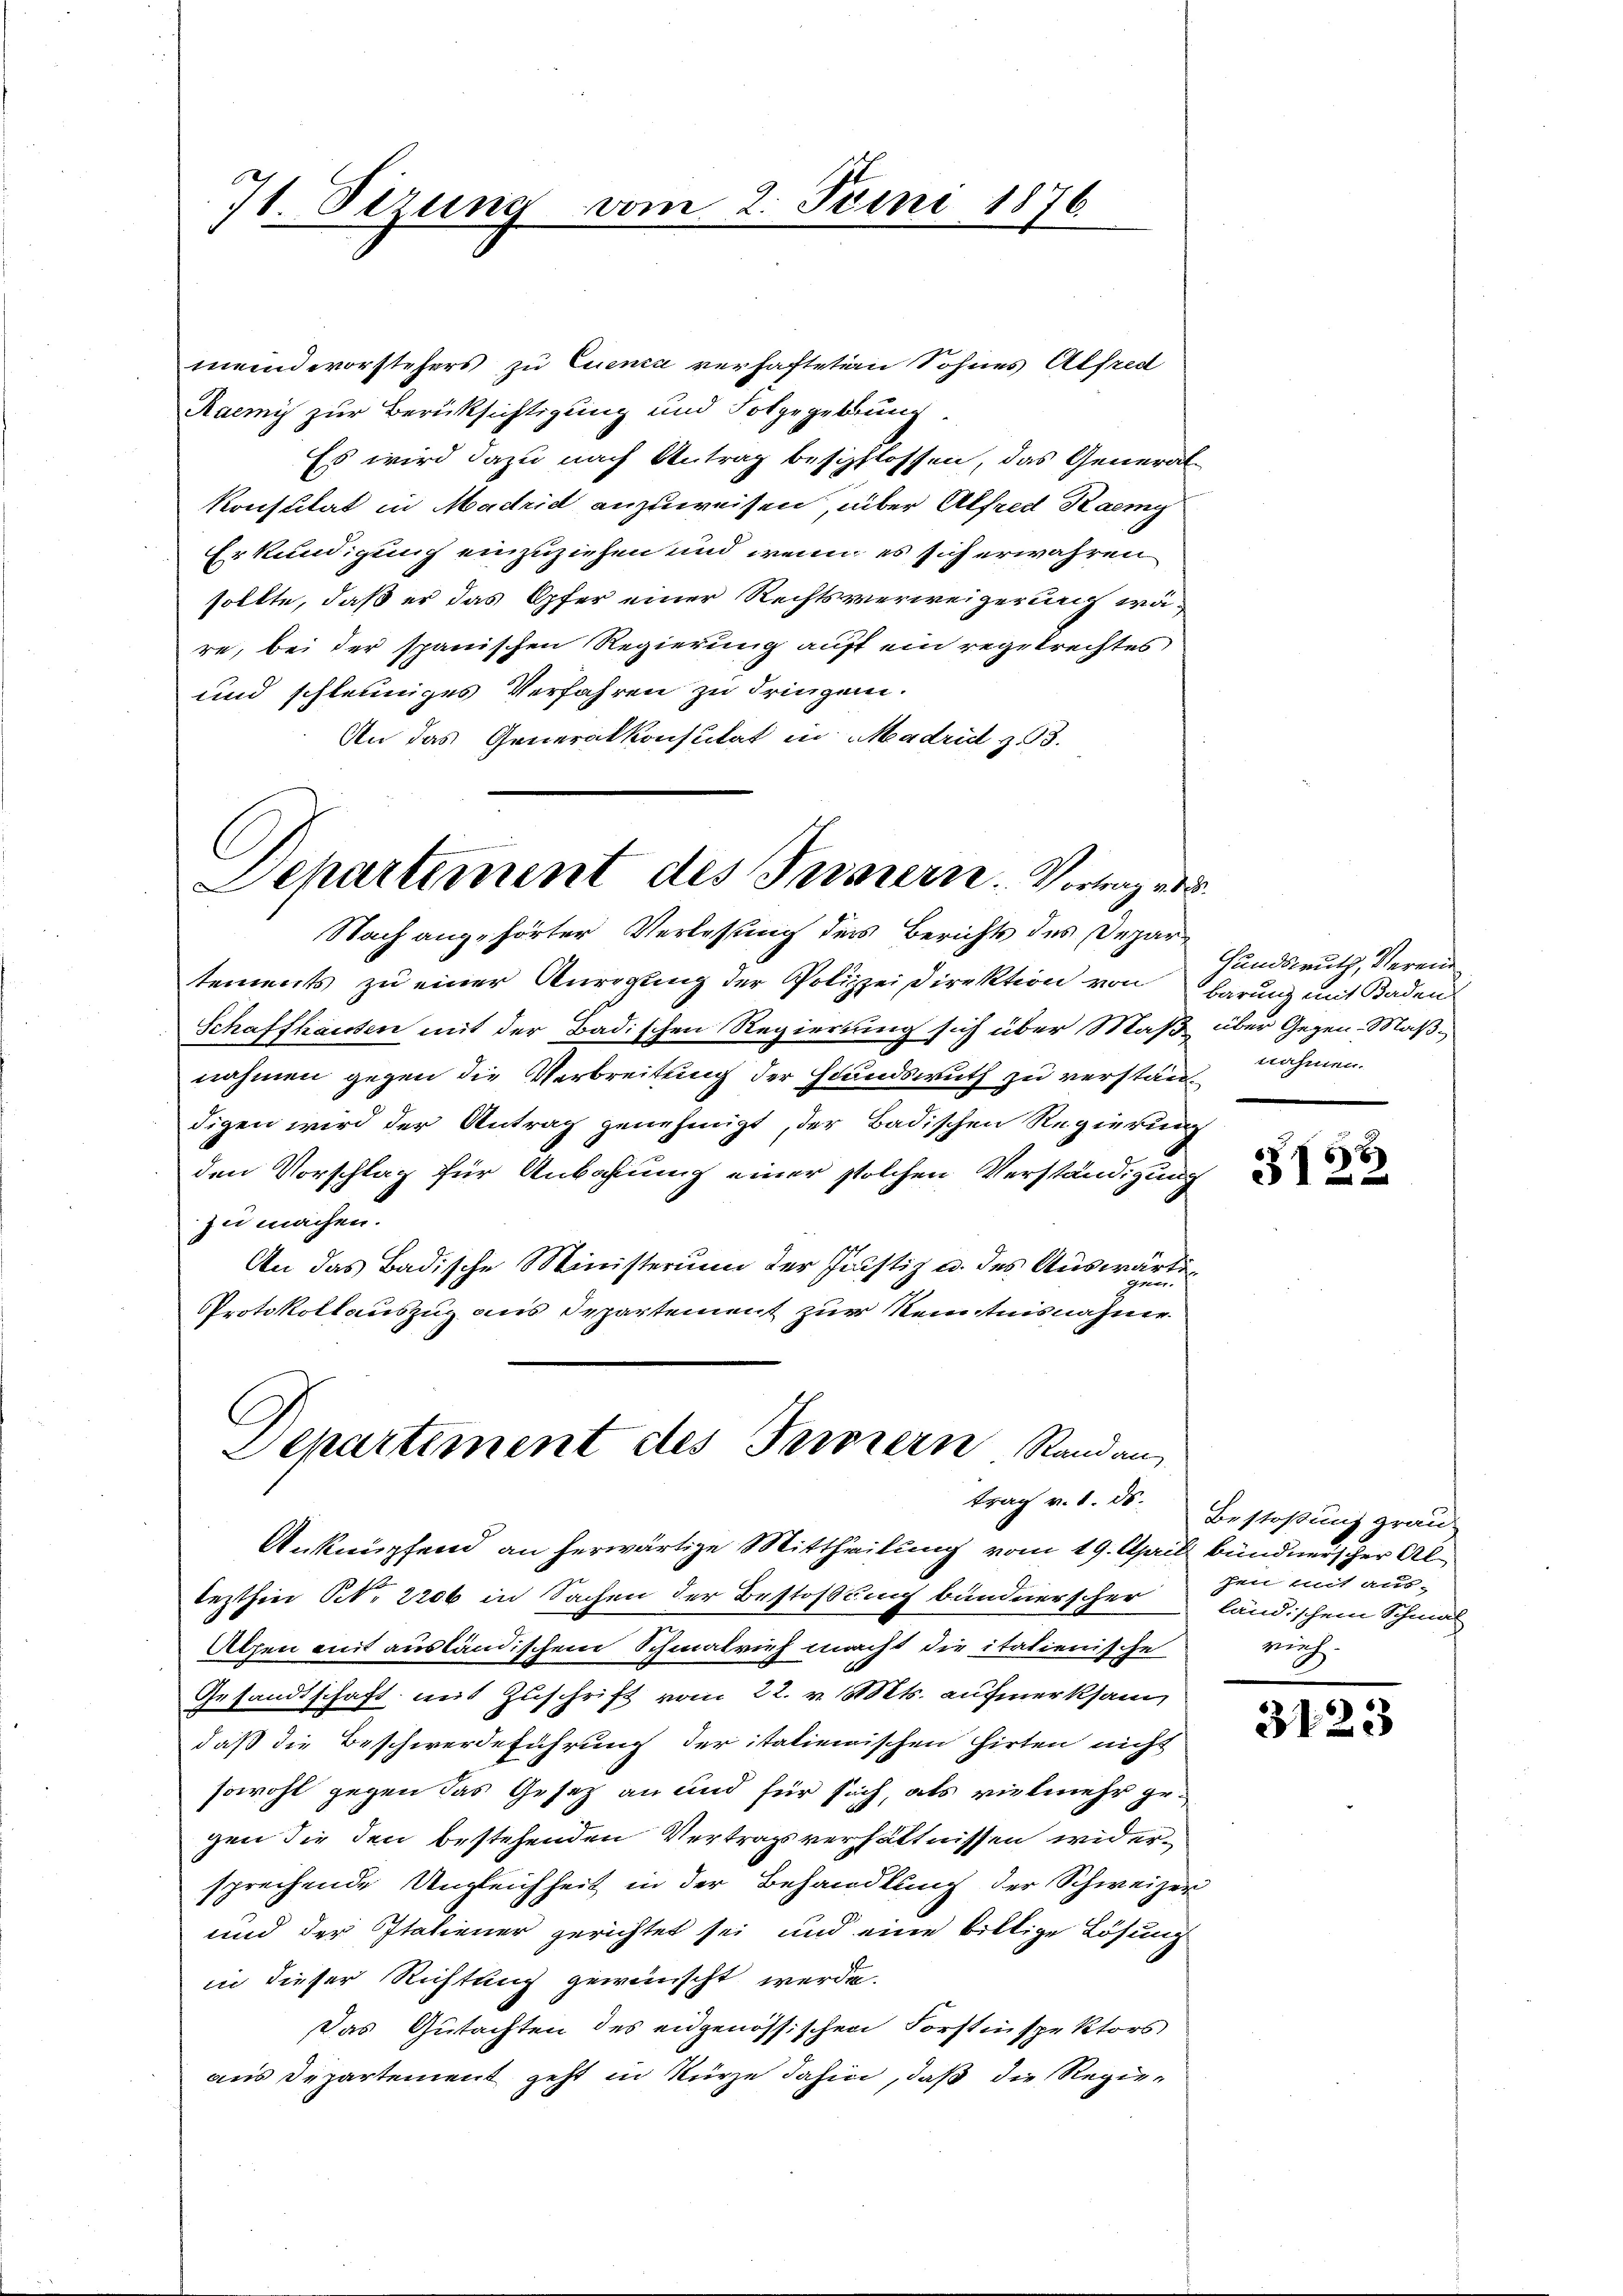
meindevorstehers zu Euence verhafteten Sohnes Alfred
Raemy zur Berüksichtigung und Folgegebung.
Es wird dazu nach Antrag beschlossen, das General-
Konsulat in Madrid anzuweisen, über Alfred Raemy
Erkundigung einzuziehen und wenn es sich erwahren
sollte, daß er das Opfer einer Rechtsverweigerung wäre, bei der spanischen Regierung auft ein regelrechtes
und schleuniges Verfahren zu dringen.
An das Generalkonsulat in Madrid 353.

71 Sirung vom 2. Juni 1876

m und eine
C
Departiment des Innern. Vortrag vo

Nach angehörter Verlassung des Berichts des Departements zu einer Kurigung der Polizeidirektion von barung mit Baden
Schaffhausen mit der Badischen Regierung sich über Maß über Gegen-Maßnahmen gegen die Verbreitung der Hundswuth zu verständigen wird der Antrag genehmigt, der Badischen Regierung
den Vorschlag für Anbahnung einer solchen Verständigung
zu machen.
An das Badische Ministerium der Justiz u. des Auswärti¬
Protokollauszug aus Departement zur Kenntnisnahme
C

Departiment des Ternern Randan

Anknüpfend an herwärtige Mittheilung vom 19. April bündnerscher Allezthin Oct. 2206 in Sachen der Bestossung bündnerscher
Alpen mit ausländischem Schmalrich macht die italienische
Gesandtschaft mit Zuschrift vom 22. v. Mts. aufmerksam
daß die Beschwerdeführung der italienischen Hirten nicht
sowohl gegen das Gesetz an und für sich, als vielmehr gegen die den bestehenden Vertragsverhältnissen widersprechende Ungleichheit in der Behandlung der Schweizer
und der Italiener gerichtet sei und eine billige Lösung
in dieser Richtung gewünscht werde.
Das Gutachten des eidgenössischen Forstinspektors
aus Departement geht in Kürze dahin, daß die Regie¬

Hundswuth, Verein
nahmen.

x
31 22

trag v. 1. 50. Bestoßung grau
gen mit aus-
ländischem Schmal
auch.

3123